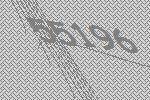
55196